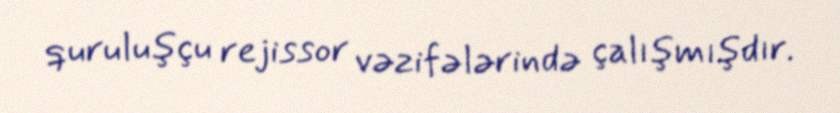
quruluşçu rejissor vəzifələrində çalışmışdır.